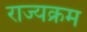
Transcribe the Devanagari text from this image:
राज्यक्रम